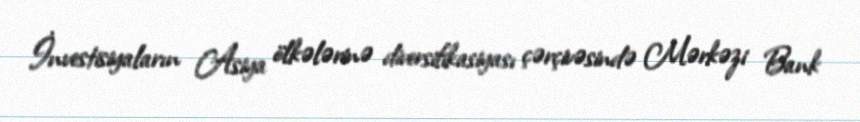
İnvestisiyaların Asiya ölkələrinə diversifikasiyası çərçivəsində Mərkəzi Bank